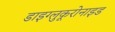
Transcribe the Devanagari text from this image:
डाइग्लुकूरोनाइड